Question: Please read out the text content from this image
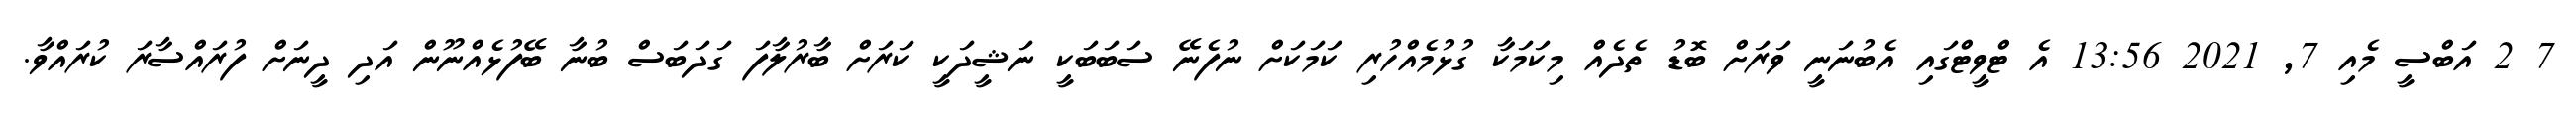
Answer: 7 2 އަބްސީ މެއި 7, 2021 13:56 އެ ޓްވީޓްގައި އެބުނަނީ ވަރަށް ބޮޑު ތެދެއް މިކަމަކާ ގުޅުމެއްހުރި ކަމަކަށް ނުފެނޭ ސަބަބަކީ ނަޝީދަކީ ކަރަށް ބާރުލާފަ ގަދަބަސް ބުނާ ބޭފުޅެއްނޫން އަދި ދީނަށް ފުރައްސާރަ ކުރައްވާ.